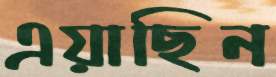
এয়াছিন